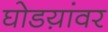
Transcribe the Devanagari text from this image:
घोडय़ांवर